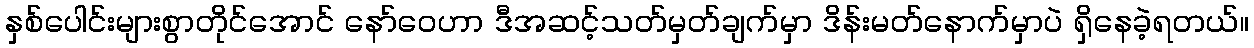
နှစ်ပေါင်းများစွာတိုင်အောင် နော်ဝေဟာ ဒီအဆင့်သတ်မှတ်ချက်မှာ ဒိန်းမတ်နောက်မှာပဲ ရှိနေခဲ့ရတယ်။